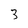
Character: 3